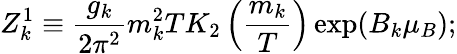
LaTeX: Z_{k}^{1}\equiv{\frac{g_{k}}{2\pi^{2}}}m_{k}^{2}TK_{2}\left({\frac{m_{k}}{T}}\right)\exp(B_{k}\mu_{B});